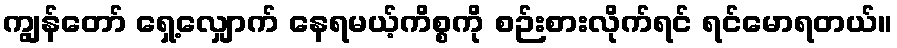
ကျွန်တော် ရှေ့လျှောက် နေရမယ့်ကိစ္စကို စဉ်းစားလိုက်ရင် ရင်မောရတယ်။